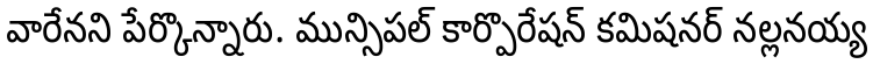
వారేనని పేర్కొన్నారు. మున్సిపల్ కార్పొరేషన్ కమిషనర్ నల్లనయ్య